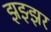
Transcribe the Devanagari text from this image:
झझ्झर